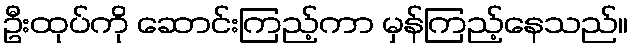
ဦးထုပ်ကို ဆောင်းကြည့်ကာ မှန်ကြည့်နေသည်။